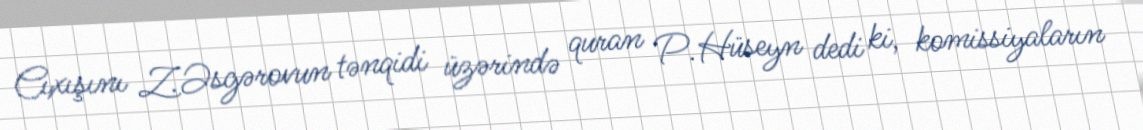
Cıxışını Z.Əsgərovun tənqidi üzərində quran P.Hüseyn dedi ki, komissiyaların